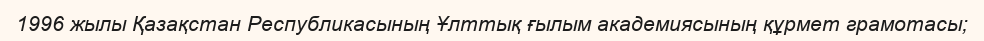
1996 жылы Қазақстан Республикасының Ұлттық ғылым академиясының құрмет грамотасы;